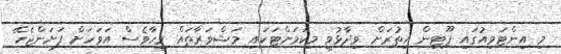
މި އިންޓަވިއުގައި ޕޫޓިން އިތުރަށް ވިދާޅުވީ މިކަމަށްޓަކައި މަޝްވަރާތައް ވީހާވެސް އަވަހަށް ފަށަންޖެހޭ